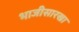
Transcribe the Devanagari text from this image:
भाजीसारखा